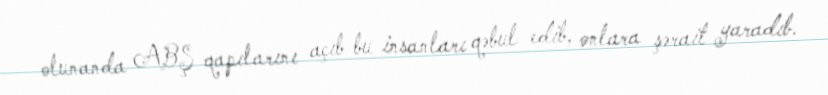
olunanda ABŞ qapılarını açıb bu insanları qəbul edib, onlara şərait yaradıb.